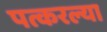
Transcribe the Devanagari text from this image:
पत्करल्या